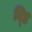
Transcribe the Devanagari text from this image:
द्ष्टि